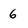
Character: 6